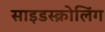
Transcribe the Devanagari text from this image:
साइडस्क्रोलिंग